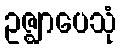
ဥဇ္ဈာပေသုံ